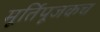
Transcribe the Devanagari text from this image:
मूर्तिपूजकच